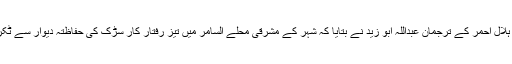
سعودی اخبار کے مطابق جدہ میں میڈیا سے گفتگو کرتے ہوئے ہلال احمر کے ترجمان عبداللہ ابو زید نے بتایا کہ شہر کے مشرقی محلے السامر میں تیز رفتار کار سڑک کی حفاظتہ دیوار سے ٹکرا گئی جس کے نتیجہ میں 3 افراد جاں بحق اور 3زخمی ہوگئے۔